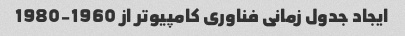
ایجاد جدول زمانی فناوری کامپیوتر از 1960-1980